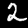
Digit: 2